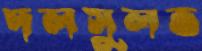
দলসুলভ